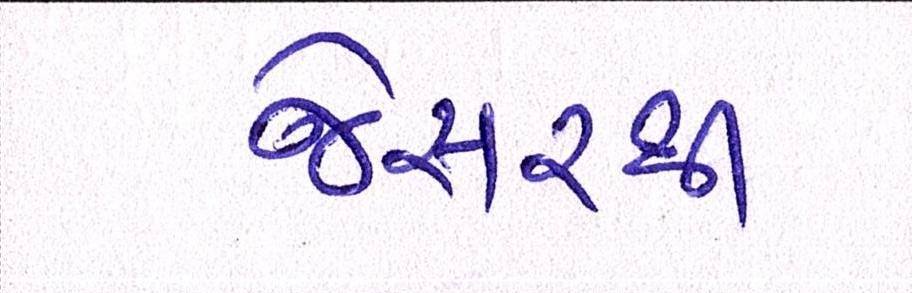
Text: જેસરથી